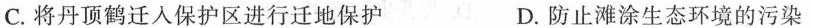
C.将丹顶鹤迁入保护区进行迁地保护 D.防止滩涂生态环境的污染